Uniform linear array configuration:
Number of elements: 64
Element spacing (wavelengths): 0.5
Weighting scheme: uniform
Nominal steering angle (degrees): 60
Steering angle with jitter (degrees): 59.947
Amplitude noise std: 0.05
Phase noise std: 0.05

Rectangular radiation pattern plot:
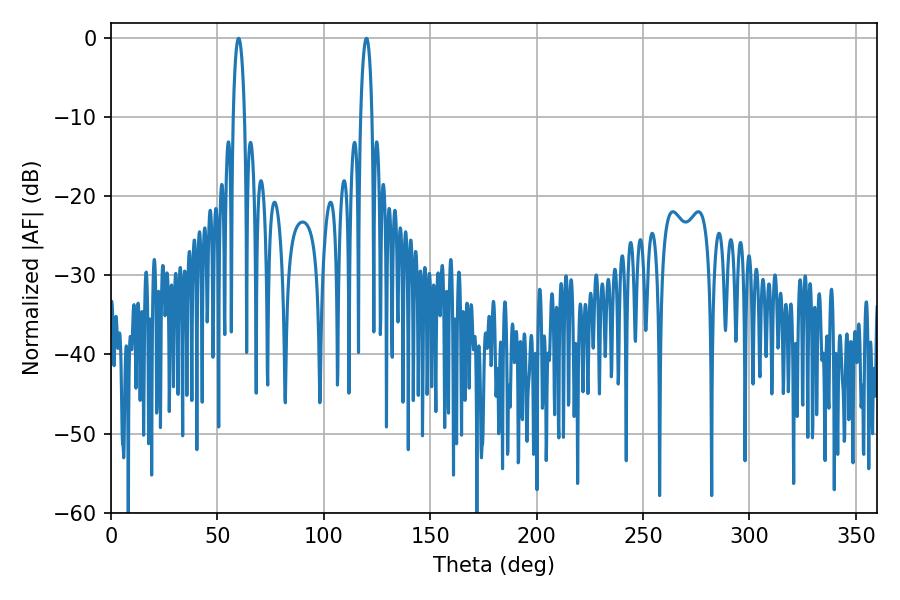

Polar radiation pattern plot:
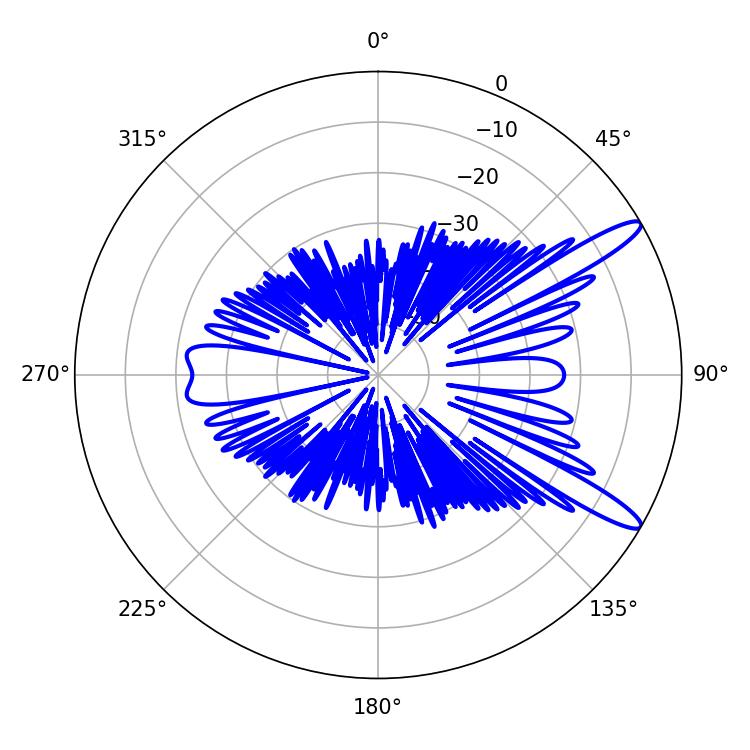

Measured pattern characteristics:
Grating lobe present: FALSE
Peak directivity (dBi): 12.798
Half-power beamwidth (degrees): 3.06
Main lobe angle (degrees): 59.94